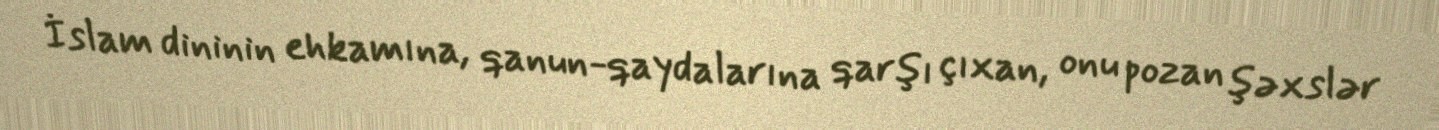
İslam dininin ehkamına, qanun-qaydalarına qarşı çıxan, onu pozan şəxslər